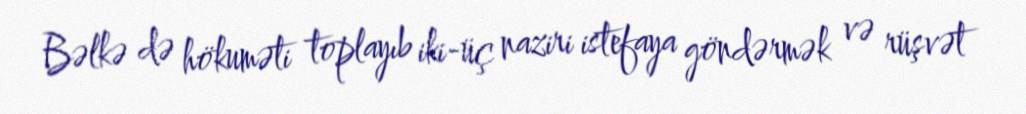
Bəlkə də hökuməti toplayıb iki-üç naziri istefaya göndərmək və rüşvət